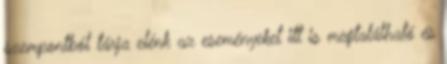
szempontból tárja elénk az eseményeket itt is megtalálható és